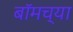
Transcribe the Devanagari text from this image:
बॉमच्या